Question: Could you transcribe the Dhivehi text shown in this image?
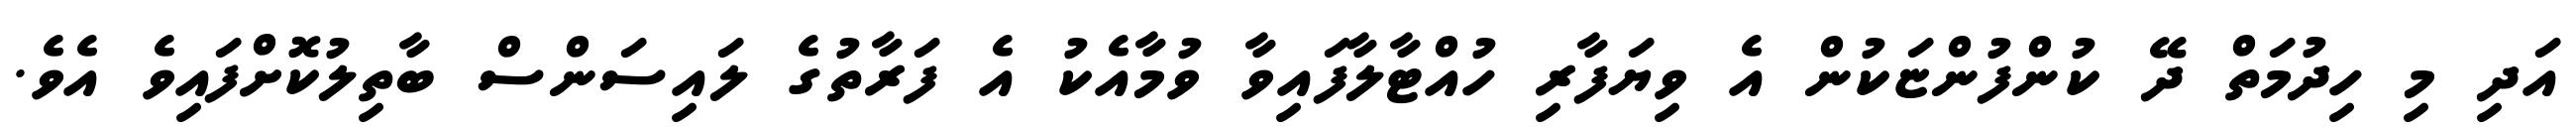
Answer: އަދި މި ހިދުމަތް ދޭ ކުންފުންޏަކުން އެ ވިޔަފާރި ހުއްޓާލާފައިވާ ވުމާއެކު އެ ފަރާތުގެ ލައިސަންސް ބާތިލުކޮށްފައިވެ އެވެ.